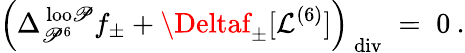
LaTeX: \Big(\Delta_{\mathscr{P}^{6}}^{\mathrm{{\mathit{~}loo\mathscr{P}}}}f_{\pm}+\Deltaf_{\pm}[\mathcal{{L}}^{(6)}]\Big)_{\mathrm{{\mathit{~}div}}}\; =\; 0\: .